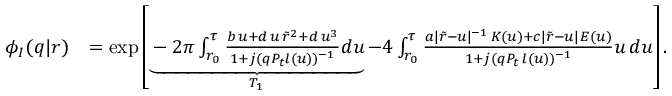
\begin{array} { r l } { \phi _ { I } ( q | r ) } & { = \exp \left[ \underbrace { - 2 \pi \int _ { r _ { 0 } } ^ { \tau } \frac { b \, u + d \, u \, \Tilde { r } ^ { 2 } + d \, u ^ { 3 } } { 1 + j ( q P _ { t } l ( u ) ) ^ { - 1 } } d u } _ { T _ { 1 } } - 4 \int _ { r _ { 0 } } ^ { \tau } \frac { a | \Tilde { r } - u | ^ { - 1 } \, K ( u ) + c | \Tilde { r } - u | \, E ( u ) } { 1 + j ( q P _ { t } \, l ( u ) ) ^ { - 1 } } u \, d u \right] . } \end{array}